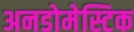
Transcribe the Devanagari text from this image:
अनडोमेस्टिक